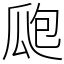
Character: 瓟